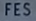
FES